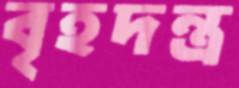
বৃহদন্ত্র